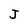
Character: J